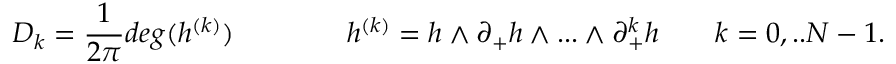
{ \cal D } _ { k } = \frac { 1 } { 2 \pi } d e g ( h ^ { ( k ) } ) \qquad \qquad h ^ { ( k ) } = h \wedge \partial _ { + } h \wedge . . . \wedge \partial _ { + } ^ { k } h \qquad k = 0 , . . N - 1 .